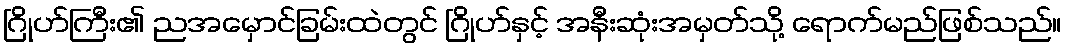
ဂြိုဟ်ကြီး၏ ညအမှောင်ခြမ်းထဲတွင် ဂြိုဟ်နှင့် အနီးဆုံးအမှတ်သို့ ရောက်မည်ဖြစ်သည်။